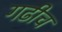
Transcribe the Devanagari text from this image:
गढीच